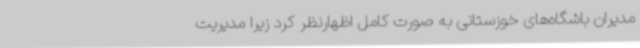
مدیران باشگاه‌های خوزستانی به صورت کامل اظهارنظر کرد زیرا مدیریت